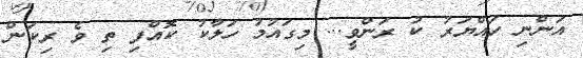
އަންނި ހައްޔަރު ކު ރަންވީ... މިގައުމު ހަލާކު ކޮއްފި ތި ވެ ރިކަން